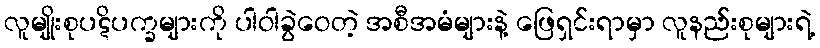
လူမျိုးစုပဋိပက္ခများကို ပါဝါခွဲဝေတဲ့ အစီအမံများနဲ့ ဖြေရှင်းရာမှာ လူနည်းစုများရဲ့